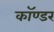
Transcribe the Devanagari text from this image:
कॉण्डर